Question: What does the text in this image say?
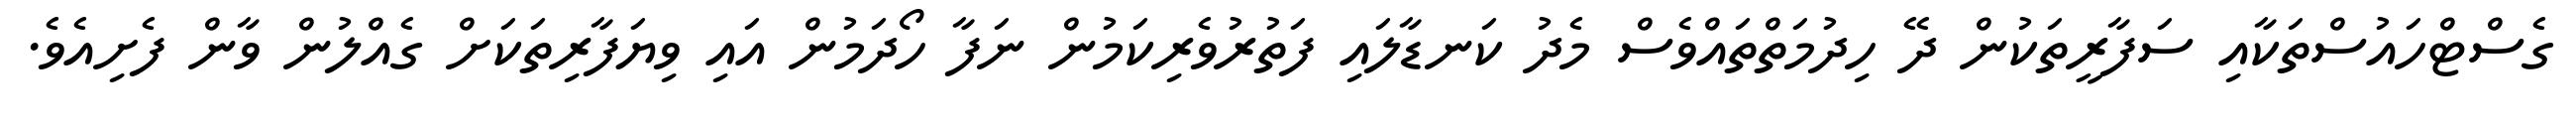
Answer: ގެސްޓްހައުސްތަކާއި ސަފާރީތަކުން ދޭ ހިދުމަތްތައްވެސް މެދު ކަނޑާލައި ފަތުރުވެރިކަމުން ނަފާ ހޯދަމުން އައި ވިޔަފާރިތަކަށް ގެއްލުން ވާން ފެށިއެވެ.